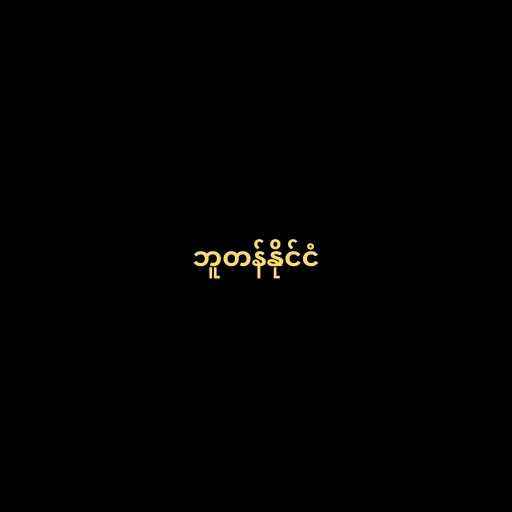
ဘူတန်နိုင်ငံ